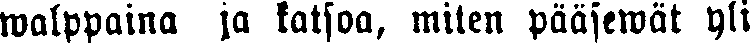
walppaina ja katsoa, miten pääsewät yli